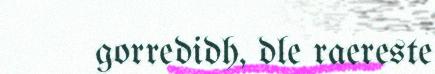
gorredidh, dle raereste